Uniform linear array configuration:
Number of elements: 8
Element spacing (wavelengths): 0.25
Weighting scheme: hann
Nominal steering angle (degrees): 0
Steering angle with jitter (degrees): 1.383
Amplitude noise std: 0.05
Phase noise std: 0.05

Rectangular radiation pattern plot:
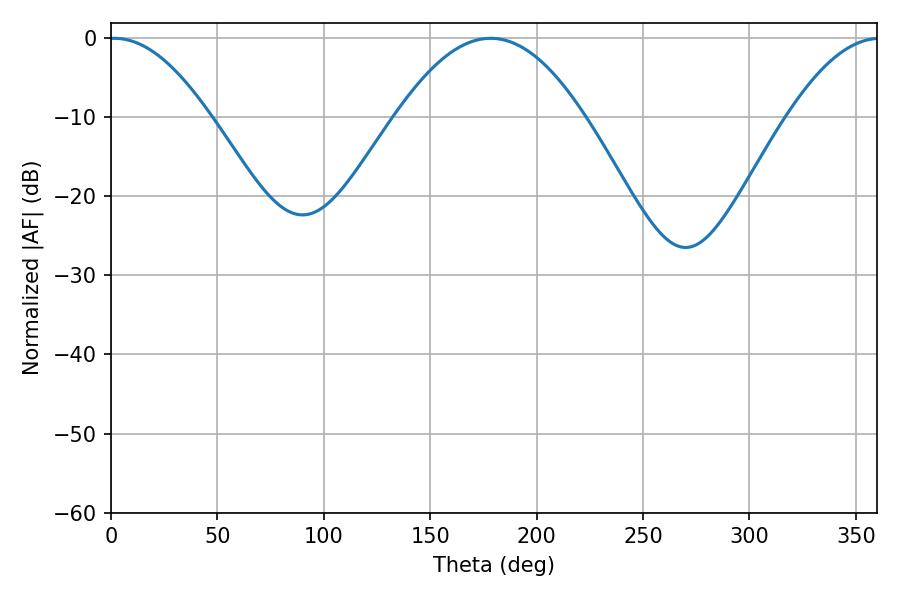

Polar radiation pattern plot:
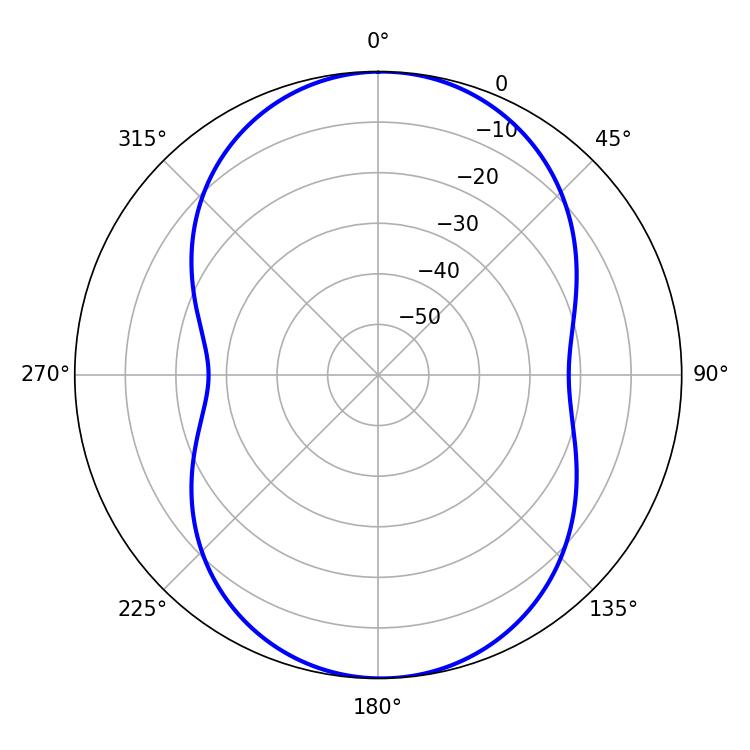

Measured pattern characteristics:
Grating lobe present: FALSE
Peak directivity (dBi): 15.168
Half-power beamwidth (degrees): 25.92
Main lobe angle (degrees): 1.62